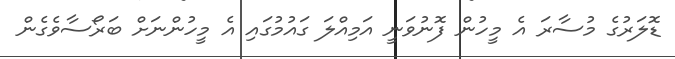
ޑޮލަރުގެ މުސާރަ އެ މީހުން ފޮނުވަނީ އަމިއްލަ ގައުމުގައި އެ މީހުންނަށް ބަރޯސާވެގެން